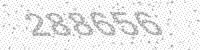
Solution: 288656